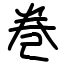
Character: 巻